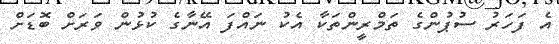
އެ ފަހަރު ސުޕުންގެ ތަމްރީންތަކާ އެކު ނައްފަ އޭނާގެ ކުޅުން ވަރަށް ބޮޑަށް